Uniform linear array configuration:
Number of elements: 4
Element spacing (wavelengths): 0.75
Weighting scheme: uniform
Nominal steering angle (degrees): -60
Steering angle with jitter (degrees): -61.742
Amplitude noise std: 0.05
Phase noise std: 0.05

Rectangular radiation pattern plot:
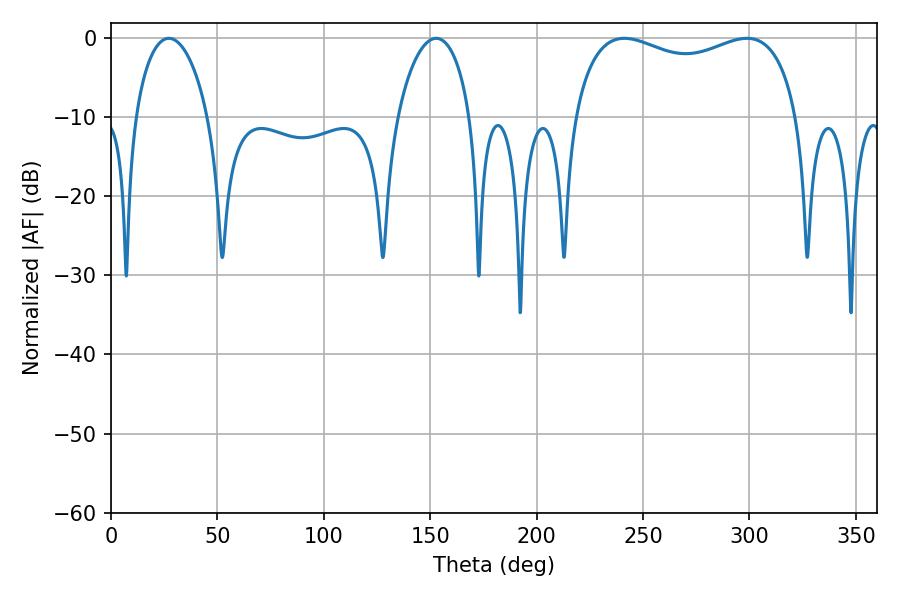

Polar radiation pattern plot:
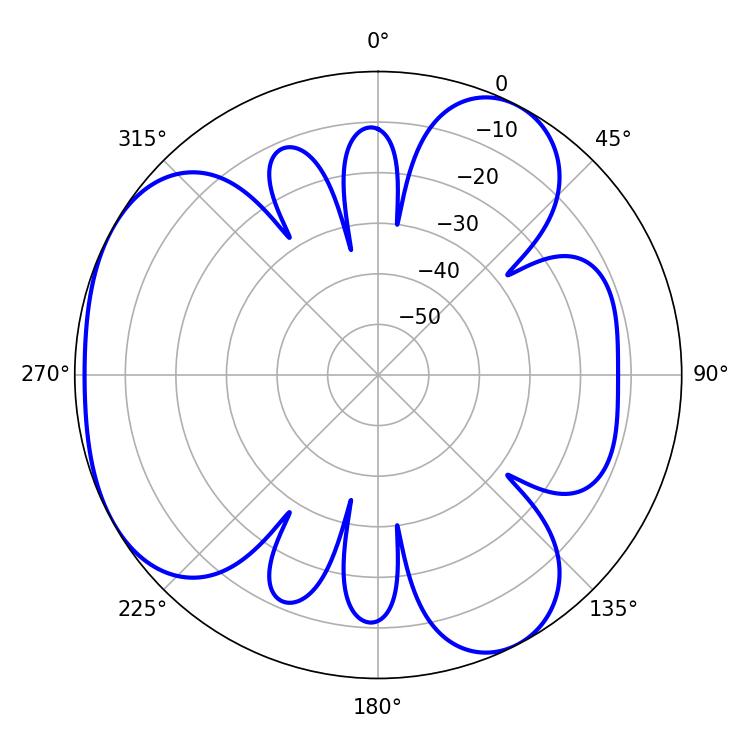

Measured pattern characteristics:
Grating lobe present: TRUE
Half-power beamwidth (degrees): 87.12
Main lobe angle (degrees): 241.2